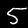
Label: 5